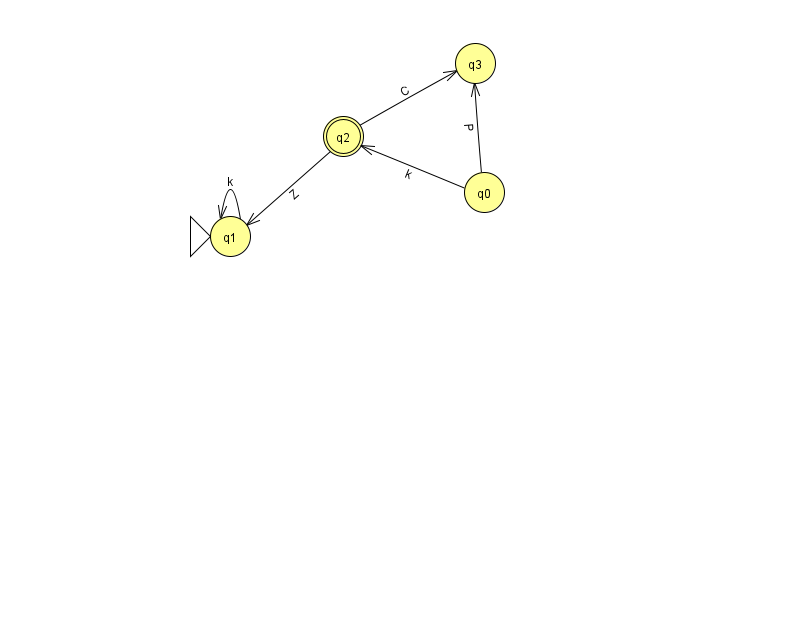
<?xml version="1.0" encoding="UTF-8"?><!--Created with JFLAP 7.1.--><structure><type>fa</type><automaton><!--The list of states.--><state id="0" name="q0"><x>484.0</x><y>179.0</y></state><state id="1" name="q1"><x>230.0</x><y>223.0</y><initial/></state><state id="2" name="q2"><x>343.0</x><y>123.0</y><final/></state><state id="3" name="q3"><x>475.0</x><y>50.0</y></state><!--The list of transitions.--><transition><from>0</from><to>3</to><read>P</read></transition><transition><from>1</from><to>1</to><read>k</read></transition><transition><from>0</from><to>2</to><read>k</read></transition><transition><from>2</from><to>1</to><read>Z</read></transition><transition><from>2</from><to>3</to><read>C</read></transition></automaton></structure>